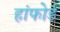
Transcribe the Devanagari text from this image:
हांफोर्ड